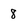
Character: 8